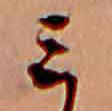
ミ